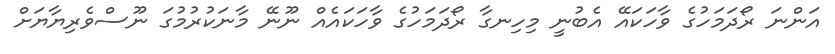
އަންނަ ރޯދަމަހުގެ ވާހަކައޭ އެބުނީ މިހިނގާ ރޯދަމަހުގެ ވާހަކައެއް ނޫނޭ މާނަކުރުމުގަ ނޫސްވެރިޔާޔަށް